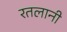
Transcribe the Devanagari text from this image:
रतलानी